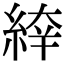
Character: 𦁑